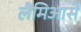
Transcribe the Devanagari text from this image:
लैमिआसे